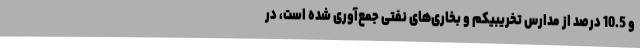
و 10.5 درصد از مدارس تخریبیکم و بخاری‌های نفتی جمع‌آوری شده است، در